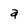
Character: a